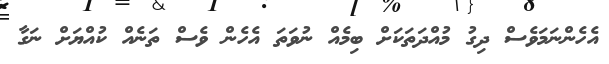
އެހެންނަމަވެސް ދިގު މުއްދަތަކަށް ބިމެއް ނުވަތަ އެހެން ވެސް ތަނެއް ކުއްޔަށް ނަގާ